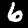
Label: 6